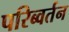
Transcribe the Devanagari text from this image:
परिब्वर्तन